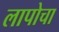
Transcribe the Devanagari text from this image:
लापोचा